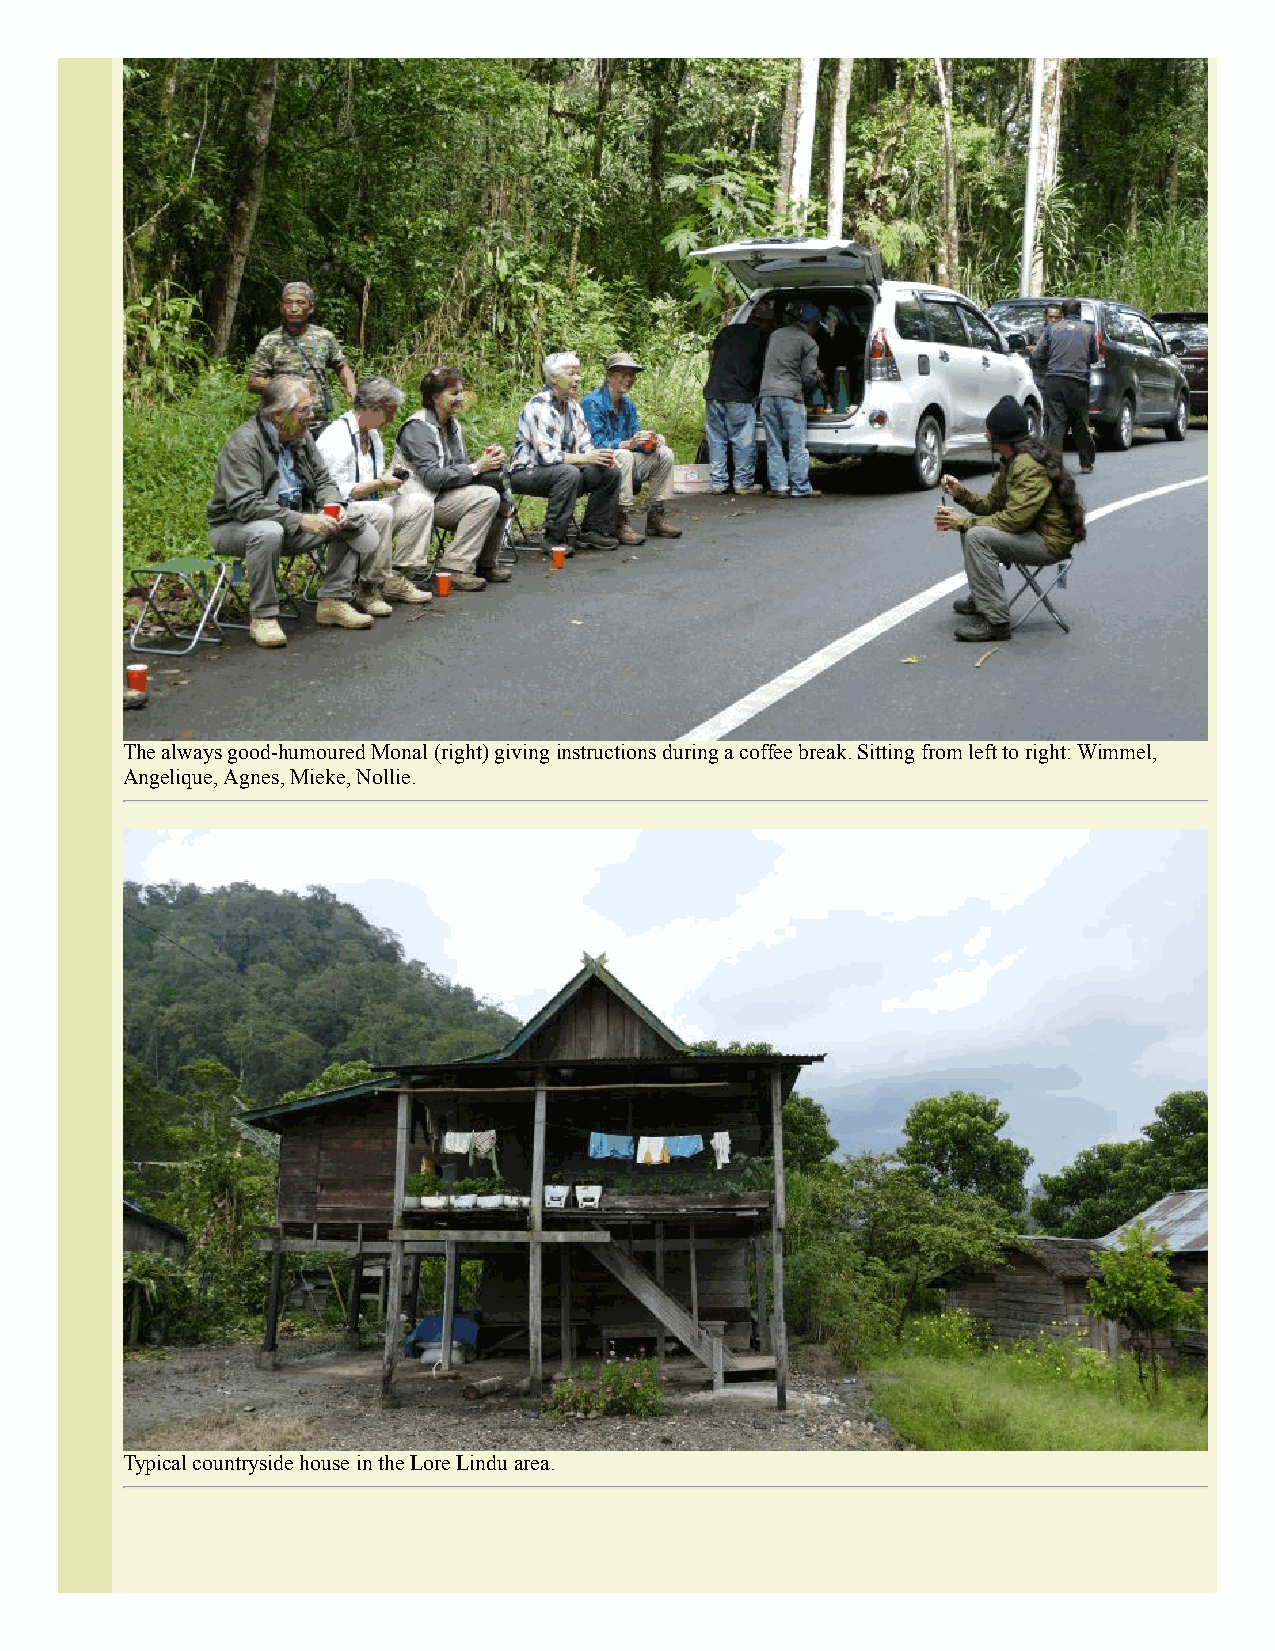
The always good-humoured Monal (right) giving instructions during a coffee break. Sitting from left to right: Wimmel,
 Angelique, Agnes, Mieke, Nollie.
 Typical countryside house in the Lore Lindu area.